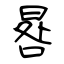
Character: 晷